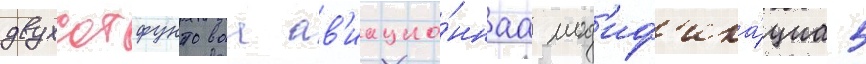
двухсотфунтоваа ав'иацио́ннаа мод'иф'ика́циа 5